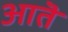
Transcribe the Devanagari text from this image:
आतॆ